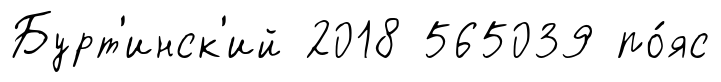
Бурт'инск'ий 2018 565039 по́яс